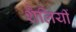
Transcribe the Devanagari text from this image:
शैलियीं